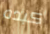
كبده